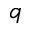
q